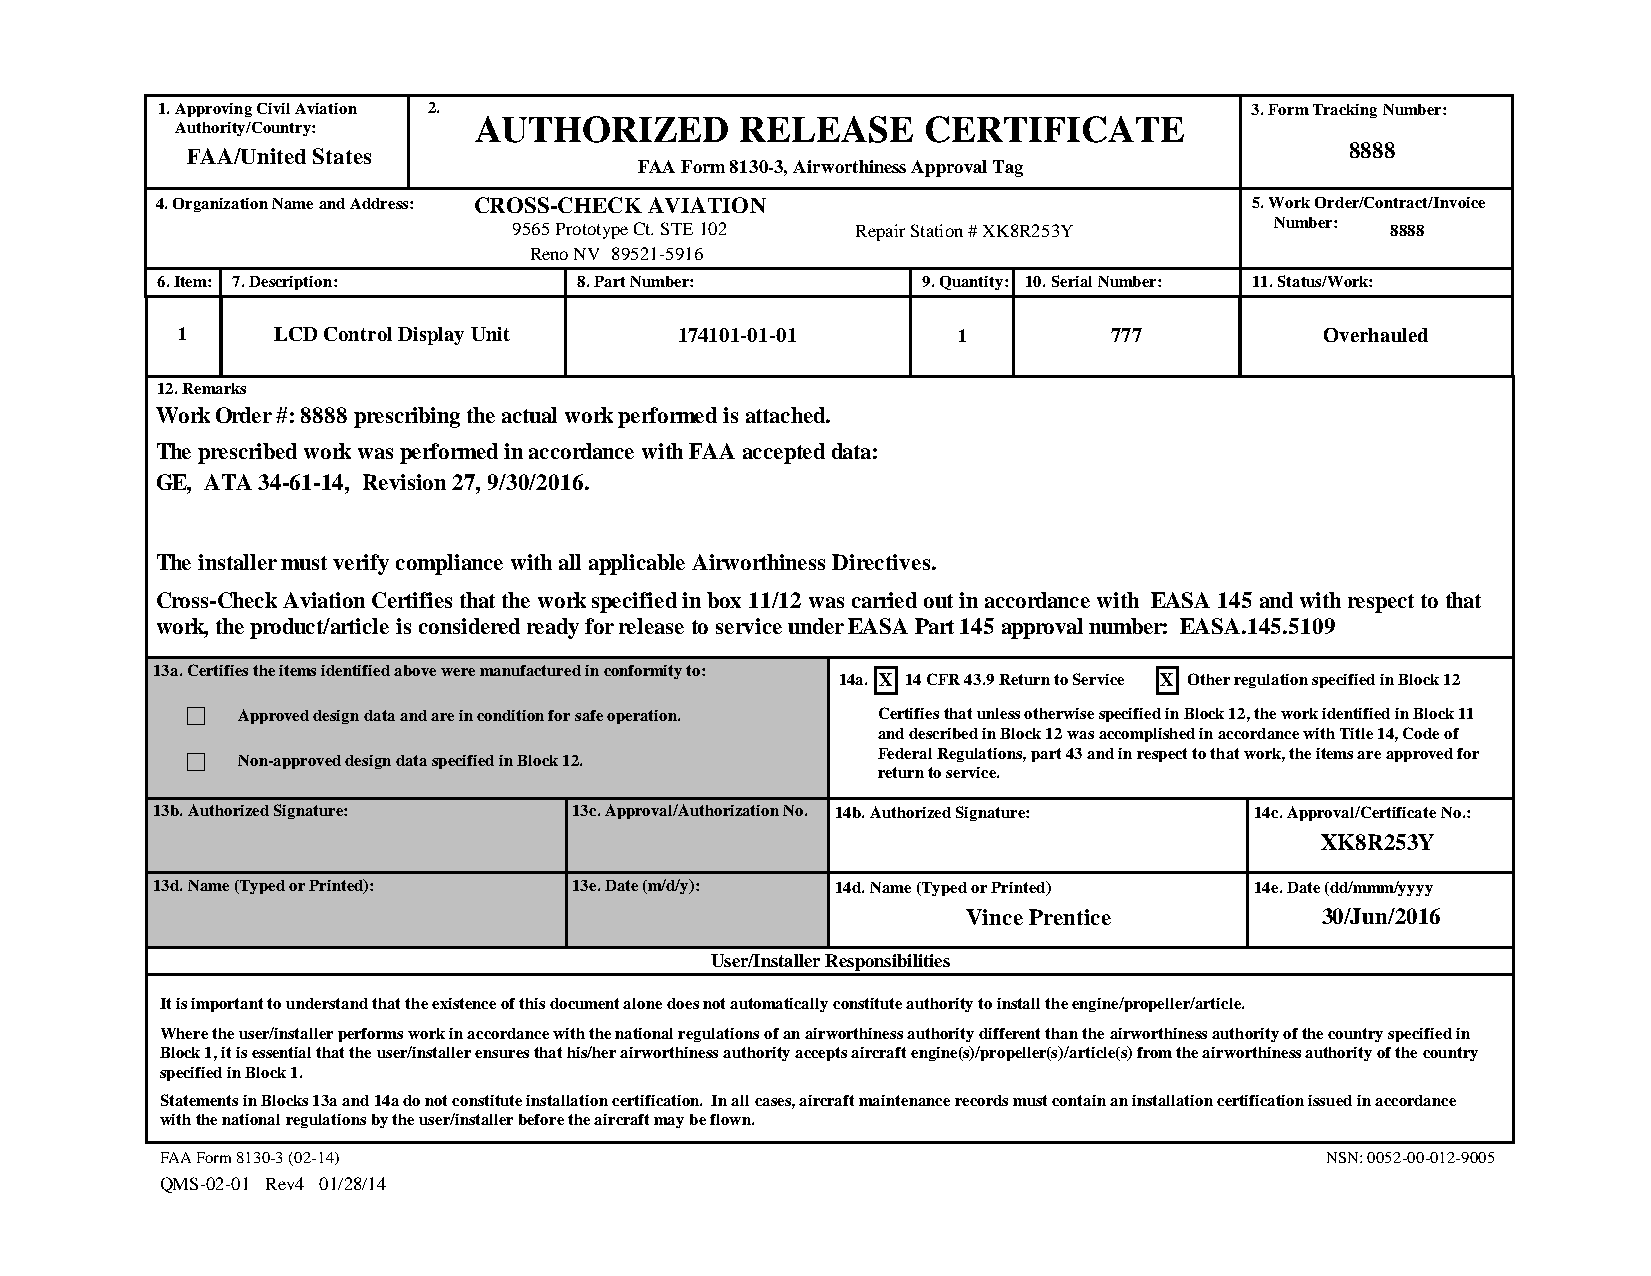
1. Approving Civil Aviation 2.                                           3. Form Tracking Number:
 AUTHORIZED        RELEASE     CERTIFICATE
 Authority/Country:
 FAA/United States                                                            8888
 FAA Form 8130-3, Airworthiness Approval Tag
 4. Organization Name and Address: CROSS-CHECK AVIATION                   5. Work Order/Contract/Invoice
 9565 Prototype Ct. STE 102 Repair Station # XK8R253Y Number: 8888
 Reno NV 89521-5916
 6. Item: 7. Description:    8. Part Number:        9. Quantity: 10. Serial Number: 11. Status/Work:
 1     LCD Control Display Unit   174101-01-01      1          777           Overhauled
 12. Remarks
 Work Order #: 8888 prescribing the actual work performed is attached.
 The prescribed work was performed in accordance with FAA accepted data:
 GE, ATA 34-61-14, Revision 27, 9/30/2016.
 The installer must verify compliance with all applicable Airworthiness Directives.
 Cross-Check Aviation Certifies that the work specified in box 11/12 was carried out in accordance with EASA 145 and with respect to that
 work, the product/article is considered ready for release to service under EASA Part 145 approval number: EASA.145.5109
 13a. Certifies the items identified above were manufactured in conformity to:
 14a. X 14 CFR 43.9 Return to Service X Other regulation specified in Block 12
 Approved design data and are in condition for safe operation. Certifies that unless otherwise specified in Block 12, the work identified in Block 11
 and described in Block 12 was accomplished in accordance with Title 14, Code of
 Federal Regulations, part 43 and in respect to that work, the items are approved for
 Non-approved design data specified in Block 12.
 return to service.
 13b. Authorized Signature:  13c. Approval/Authorization No. 14b. Authorized Signature: 14c. Approval/Certificate No.:
 XK8R253Y
 13d. Name (Typed or Printed): 13e. Date (m/d/y): 14d. Name (Typed or Printed) 14e. Date (dd/mmm/yyyy
 Vince Prentice         30/Jun/2016
 User/Installer Responsibilities
 It is important to understand that the existence of this document alone does not automatically constitute authority to install the engine/propeller/article.
 Where the user/installer performs work in accordance with the national regulations of an airworthiness authority different than the airworthiness authority of the country specified in
 Block 1, it is essential that the user/installer ensures that his/her airworthiness authority accepts aircraft engine(s)/propeller(s)/article(s) from the airworthiness authority of the country
 specified in Block 1.
 Statements in Blocks 13a and 14a do not constitute installation certification. In all cases, aircraft maintenance records must contain an installation certification issued in accordance
 with the national regulations by the user/installer before the aircraft may be flown.
 FAA Form 8130-3 (02-14)                                                      NSN: 0052-00-012-9005
 QMS-02-01 Rev4 01/28/14